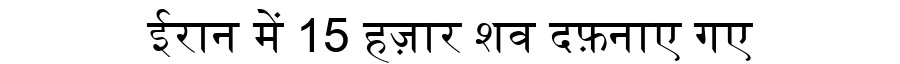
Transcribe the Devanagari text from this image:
ईरान में 15 हज़ार शव दफ़नाए गए